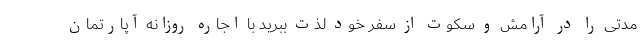
مدتی را در آرامش و سکوت از سفر خود لذت ببرید با اجاره روزانه آپارتمان